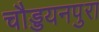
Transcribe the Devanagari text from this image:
चौड्डयनपुरा